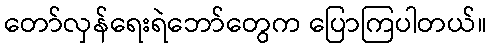
တော်လှန်ရေးရဲဘော်တွေက ပြောကြပါတယ်။